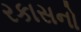
રકાસનો